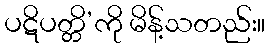
ပဋိပတ္တိ’ကို မိန့်သတည်း။